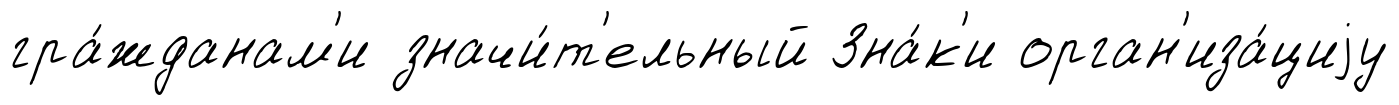
гра́жданам'и значи́т'ельный Зна́к'и орган'иза́циjу